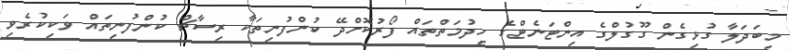
މިބަދަލާ ގުޅިގެން ގޫގުލްގެ އިންޓަނެޓްގެ ހިދުމަތްތައް ފޯރުކޮށްދޭ ކުންފުނިތަކާ ރިސާޗް ކުންފުނިތައް ވަކިކުރެވި